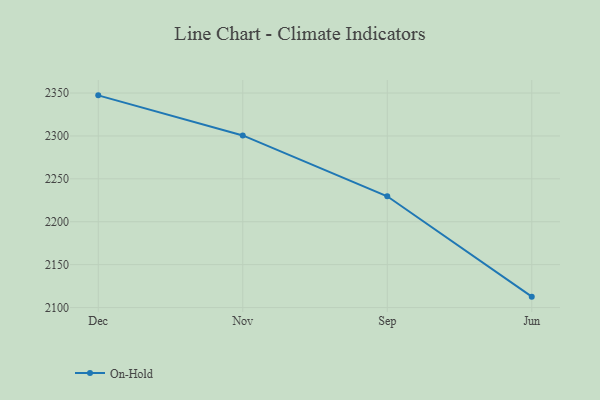
{"axis": {"x": "Month", "y": "LTV (USD)"}, "legend": ["On-Hold"], "data": [{"x": "Dec", "y": 2347.3, "type": "On-Hold"}, {"x": "Nov", "y": 2300.6, "type": "On-Hold"}, {"x": "Sep", "y": 2229.7, "type": "On-Hold"}, {"x": "Jun", "y": 2112.7, "type": "On-Hold"}]}